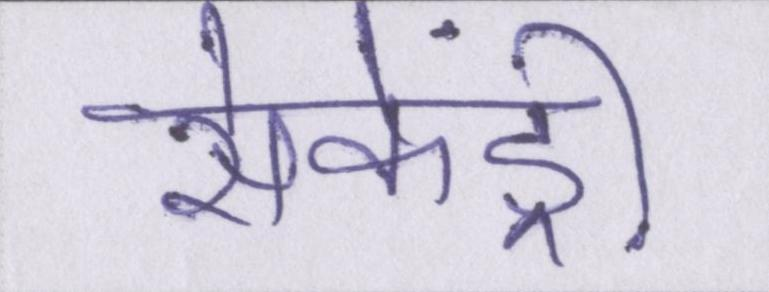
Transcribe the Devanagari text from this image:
सेकेंड्री